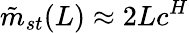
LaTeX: \tilde{m}_{st}(L)\approx 2Lc^{H}